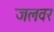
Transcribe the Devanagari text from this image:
जलवर